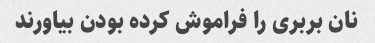
نان بربری را فراموش کرده بودن بیاورند